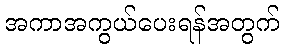
အကာအကွယ်ပေးရန်အတွက်